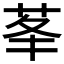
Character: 𦮧